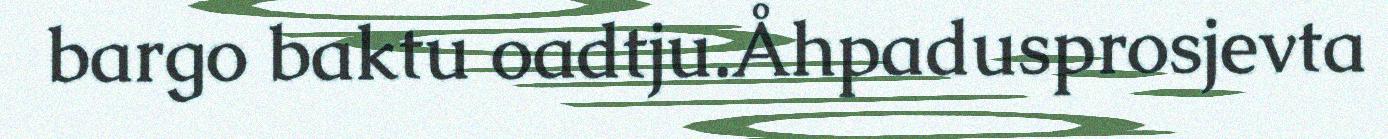
bargo baktu oadtju.Åhpadusprosjevta